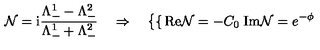
\mathcal { N } = \mathrm { i } \frac { \Lambda _ { - } ^ { 1 } - \Lambda _ { - } ^ { 2 } } { \Lambda _ { - } ^ { 1 } + \Lambda _ { - } ^ { 2 } } \quad \Rightarrow \quad \left\{ \begin{cases} { \mathrm { R e } \mathcal { N } = - C _ { 0 } } \\ { \mathrm { I m } \mathcal { N } = e ^ { - \phi } } \\ \end{cases} \right.